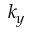
k _ { y }